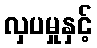
လှပမှုနှင့်